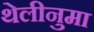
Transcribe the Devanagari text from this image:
थेलीनुमा